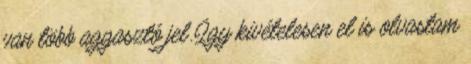
van több aggasztó jel. Így kivételesen el is olvastam